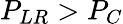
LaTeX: P_{LR}>P_{C}